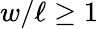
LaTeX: w/\ell\geq 1